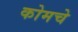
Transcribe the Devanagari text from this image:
कोमचे